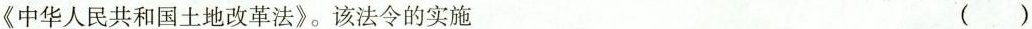
《中华人民共和国土地改革法》。该法令的实施 （ ）